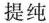
提纯